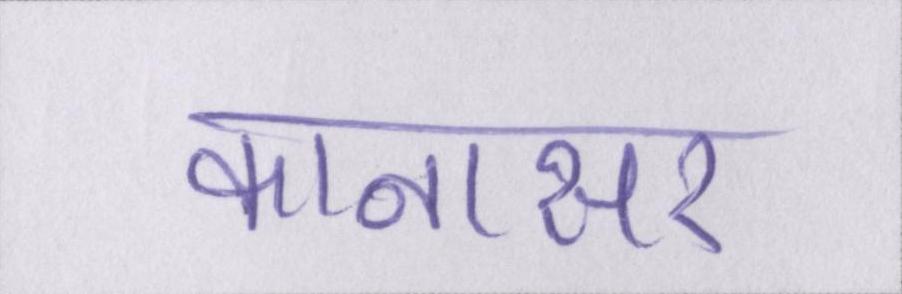
कानासर